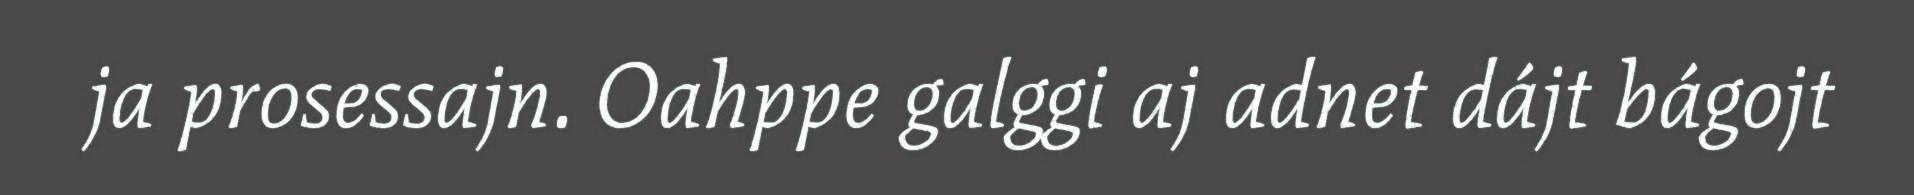
ja prosessajn. Oahppe galggi aj adnet dájt bágojt